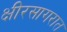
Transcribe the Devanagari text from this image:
क्षीरसागरात